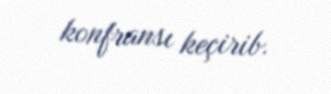
konfransı keçirib.